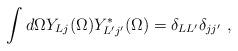
LaTeX: \begin{align*}\int d\Omega Y_{Lj}(\Omega)Y^*_{L'j'}(\Omega)=\delta_{LL'}\delta_{jj'} \ ,\end{align*}